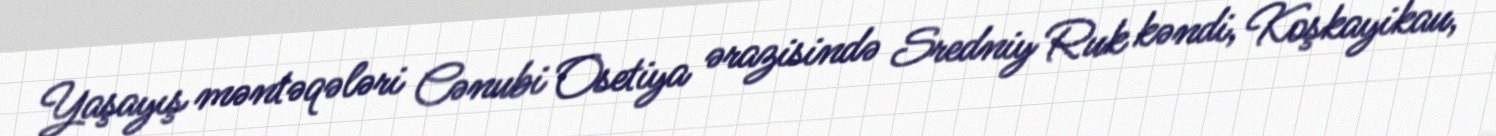
Yaşayış məntəqələri Cənubi Osetiya ərazisində Sredniy Ruk kəndi, Koşkayikau,